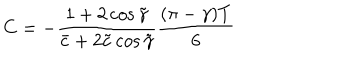
C = - \frac { 1 + 2 \cos \tilde { \gamma } } { \bar { c } + 2 \tilde { c } \cos \tilde { \gamma } } \frac { ( \pi - \gamma ) T } { 6 }